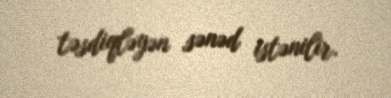
təsdiqləyən sənəd istənilir.